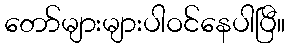
တော်များများပါဝင်နေပါပြီ။